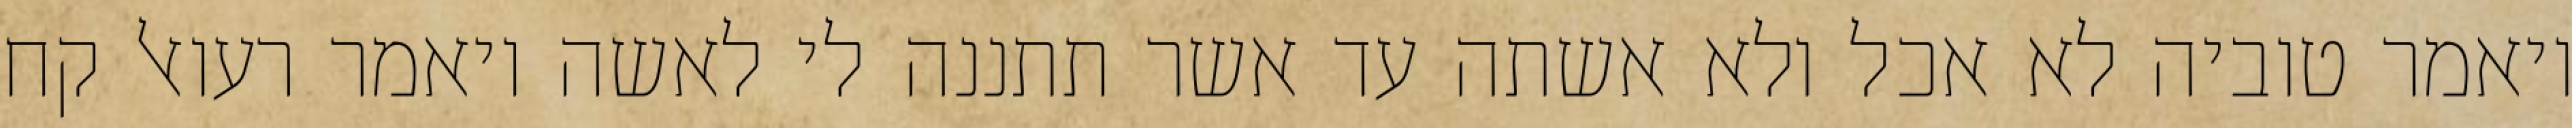
ויאמר טוביה לא אכל ולא אשתה עד אשר תתננה לי לאשה ויאמר רעואל קח